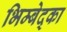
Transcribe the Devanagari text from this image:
भिम्बेद्का